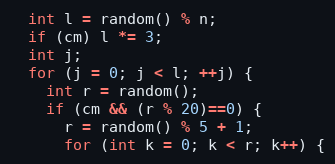
Language: C++
  int l = random() % n;
  if (cm) l *= 3;
  int j;
  for (j = 0; j < l; ++j) {
    int r = random();
    if (cm && (r % 20)==0) {
      r = random() % 5 + 1;
      for (int k = 0; k < r; k++) {